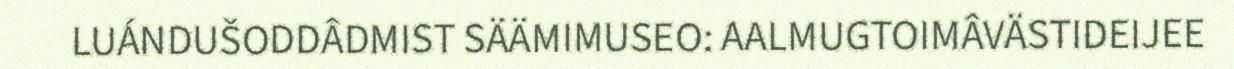
LUÁNDUŠODDÂDMIST SÄÄMIMUSEO: AALMUGTOIMÂVÄSTIDEIJEE